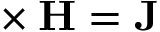
\mathbf { \nabla } \times \mathbf { H } = \mathbf { J }